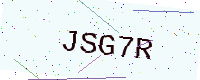
Text: JSG7R